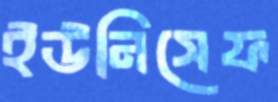
ইউনিসেফ